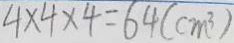
4 \times 4 \times 4 = 6 4 ( c m ^ { 3 } )